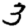
Digit: 3